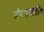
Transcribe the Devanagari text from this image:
अंडाशयातील